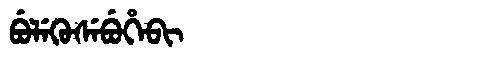
Manchu: ᠪᡠᠯᡝᡴᡠᠰᡝᠪᡠᡥᡝᠪᡳ
Romanization: BULEKUSEBUHEBI